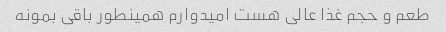
طعم و حجم غذا عالی هست امیدوارم همینطور باقی بمونه